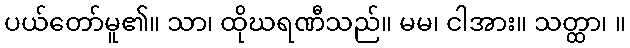
ပယ်တော်မူ၏။ သာ၊ ထိုဃရဏီသည်။ မမ၊ ငါအား။ သတ္ထာ၊ ။